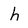
Character: h